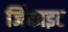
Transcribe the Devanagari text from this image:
जिंकाइट